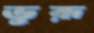
ভুরূ